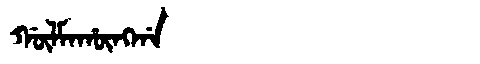
Manchu: ᡤᡡᠯᠮᠠᡥᡡᠩᡤᠠ
Romanization: GŪLMAHŪNGGA